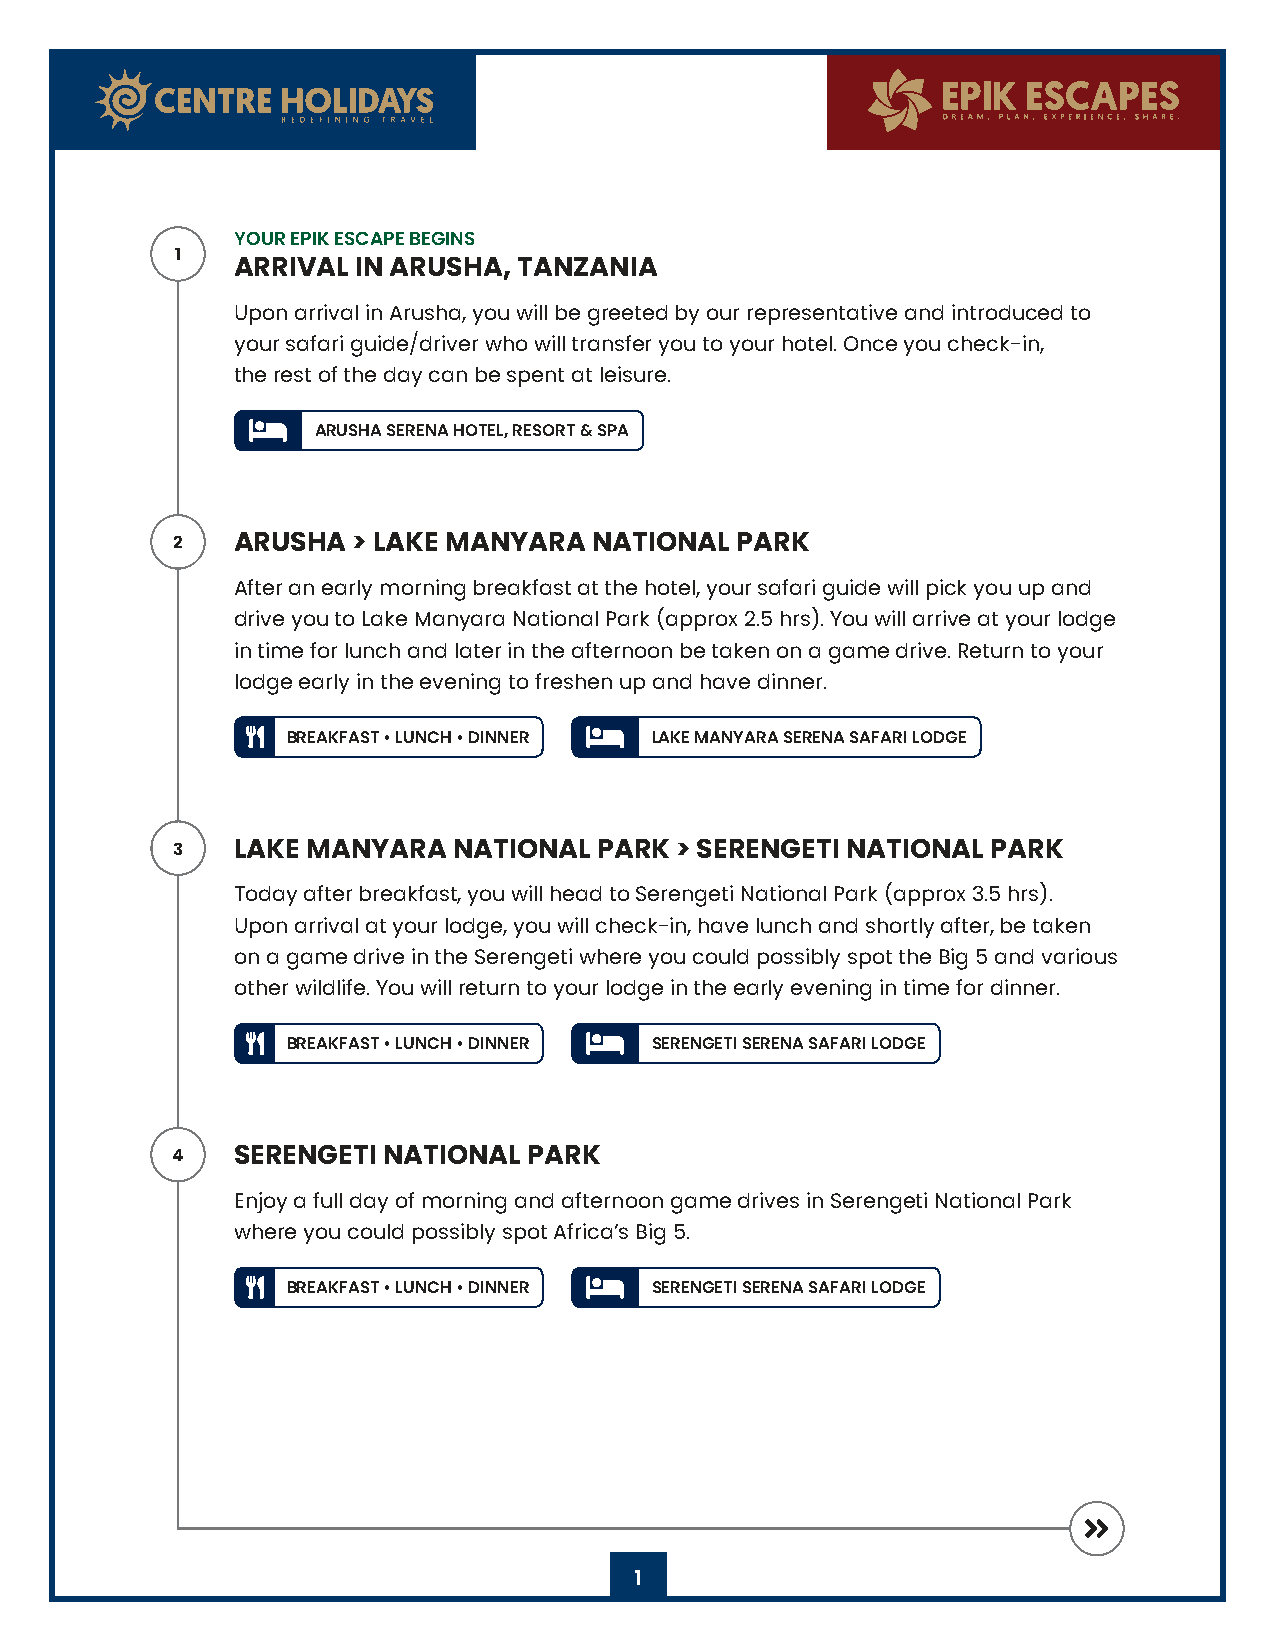
YOUR EPIK ESCAPE BEGINS
 1
 ARRIVAL IN ARUSHA, TANZANIA
 Upon arrival in Arusha, you will be greeted by our representative and introduced to
 your safari guide/driver who will transfer you to your hotel. Once you check-in,
 the rest of the day can be spent at leisure.
 ARUSHA SERENA HOTEL, RESORT & SPA
 2    ARUSHA > LAKE MANYARA  NATIONAL  PARK
 After an early morning breakfast at the hotel, your safari guide will pick you up and
 drive you to Lake Manyara National Park (approx 2.5 hrs). You will arrive at your lodge
 in time for lunch and later in the afternoon be taken on a game drive. Return to your
 lodge early in the evening to freshen up and have dinner.
 LAKE MANYARA SERENA SAFARI LODGE
 BREAKFAST • LUNCH • DINNER
 3    LAKE MANYARA  NATIONAL  PARK > SERENGETI NATIONAL PARK
 Today after breakfast, you will head to Serengeti National Park (approx 3.5 hrs).
 Upon arrival at your lodge, you will check-in, have lunch and shortly after, be taken
 on a game drive in the Serengeti where you could possibly spot the Big 5 and various
 other wildlife. You will return to your lodge in the early evening in time for dinner.
 SERENGETI SERENA SAFARI LODGE
 BREAKFAST • LUNCH • DINNER
 4    SERENGETI NATIONAL PARK
 Enjoy a full day of morning and afternoon game drives in Serengeti National Park
 where you could possibly spot Africa’s Big 5.
 SERENGETI SERENA SAFARI LODGE
 BREAKFAST • LUNCH • DINNER
 1